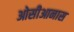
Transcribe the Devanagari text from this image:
ओसीआनास